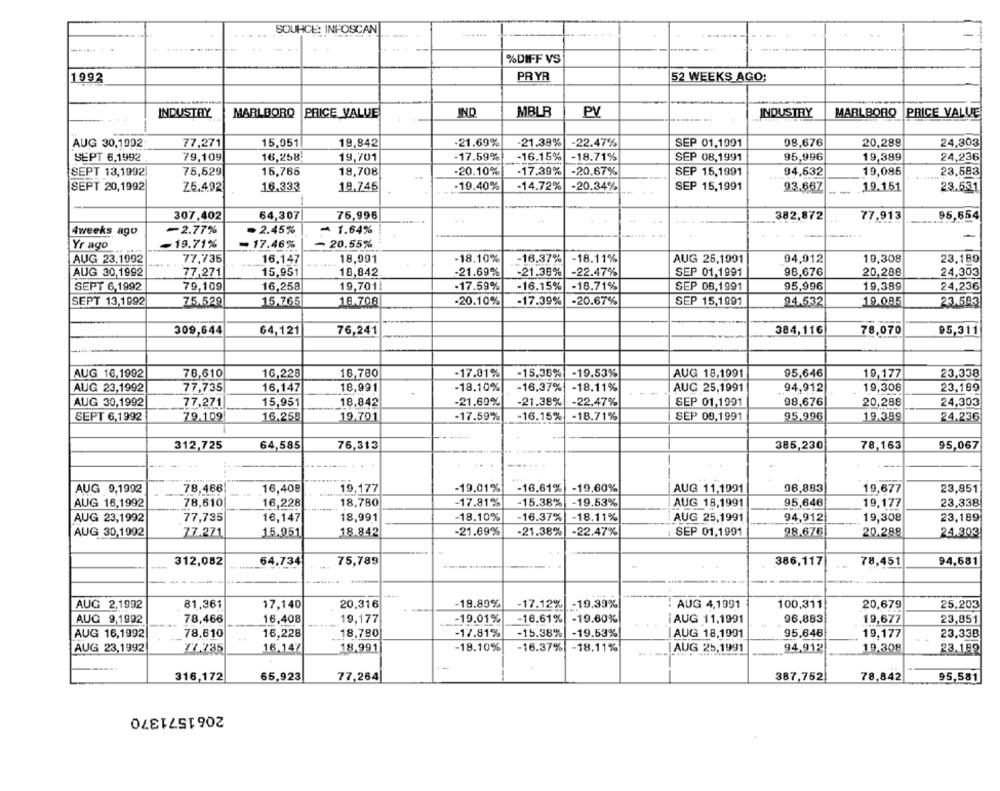
SOUHCE: INFOSCAN
....
%DIFF VS
1992
PRYR
52 WEEKS AGO;
MBLR
INDUSTRY
INDUSTRY
MARLBORO
PRICE VALUE
IND
PV
MARLBORO
PRICE VALUE
AUG 30,1992
15,051
19,842
-21.69%
-21.38%
-22.47%
SEP 01,1991
08,676
20,288
24,303
77,271
SEPT 6,1992
79,109
16,258
19,701
-17.59%
-16.15%
-18.71%
SEP 08.1991
95,996
19,389
24,236
SEPT 13,1992
75,529
15,765
18,708
-20.10%
-17.39%
-20.67%
SEP 15,1991
94,532
19,085
23,583
SEPT 20,1992
Z5.492
16.333
18.745
-19.40%
-14.72%
-20.34%
SEP 15,1991
93.667
19.151
23.531
64,307
75,996
382,872
95,654
307,402
..
77,913
4weeks ago
-2.77%
- 2.45%
- 1.64%
-
Yr ago
19.71%
= 17.46%
- 20.55%
AUG 23,1992
77,735
16.147
18,091
-18.10%
-16.37%
-18.11%
AUG 25,1001
94,912
10,308
23,189
AUG 30,1992
77,271
15,951
18,842
-21.69%
-21.38%
-22.47%
SEP 01,1991
98,676
20,288
24,303
16,258
19,7011
-17.59%
-16.15%
-18.71%
SEP 08.1991
95,996
19,389
SEPT 6,1992
79,109
24,236
SEPT 13,1992
75.529|
15.765
18.708
.20.10%
-17.39%
-20.67%
SEP 15,1991
94.532
19.095
23.583
309,644
64,121
76,241
384,116
78,070
95,311
78,610
16,228
-19.53%
AUG 18.1991
95,646
AUG 16,1992
18,780
-17,81%
-15,38%
19,177
23,338
AUG 23,1992
77,735
16,147
18,991
-18.10%
-16,37%
-18.11%
AUG 25.1991
94,912
19,308
23,199
AUG 30,1992
77.271
15,951
18.842
-21.69%
-21.38%
-22.47%
SEP 01,1991
98,676
20,288
24,303
SEPT 6,1992
79.109
16.258
19.701
-17.59%
-16.15%
-18.71%
SEP 08,1991
95,996
19.399
24.236
312,725
64,585
76,313
385,230
78,163
95,067
AUG 9,1992
78,466
16,408
19,177
-19.01%
-16.61%
-19.60%
AUG 11,1991
96,883
19,677
23,851
AUG 16,1992
78,610
16,228
18,780
-17.81%
-15.38%
-19.53%
AUG 18,1991
95,646
19,177
23.338
AUG 23,1992
77,735
16,147
18,991
-18.10%
-16.37%
-18.11%
AUG 25,1991
94,912
19,308
23,189
1
AUG 30,1992
77.271
15.951
18.842
-21.69%
-21.38%
-22.47%
SEP 01,1991
98.676
20.288
24.303
312,082
64.734
75,789
386,117
78,451
94,681
AUG 2,1992
81,361
17,140
20.316
-18.89%
-17.12% -19.39%
AUG 4,1991
100,311
20,679
25,203
-19.60%
AUG 9,1992
78,466
16,408
19,177
-19.01%
-16.61%
iAUG 11,1991
96,883
19,677
23,851
AUG 16,1992
78,610
16,228
18.780
-17.81%
-15.38%
-19.53%
AUG 18.1991
95,646
19,177
23,33B
AUG 23,1992
16.147
18,991
-18.10%
-16.37%
-18.11%
AUG 25,1991
94,912
19.308
23.182
316,172
65,923
77,264
387,752
78,842
95,581
2061571370